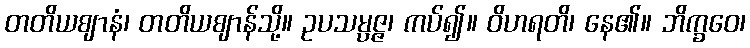
တတိယဈာနံ၊ တတိယဈာန်သို့။ ဥပသမ္ပဇ္ဇ၊ ကပ်၍။ ဝိဟရတိ၊ နေ၏။ ဘိက္ခဝေ၊